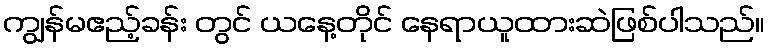
ကျွန်မဧည့်ခန်း တွင် ယနေ့တိုင် နေရာယူထားဆဲဖြစ်ပါသည်။